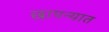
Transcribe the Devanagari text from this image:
छापन्यात